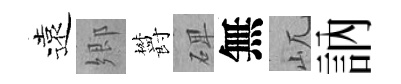
遠郷欝𥓓無屼訥